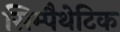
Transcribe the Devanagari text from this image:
सिम्पैथेटिक